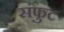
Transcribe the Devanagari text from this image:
संफुट